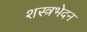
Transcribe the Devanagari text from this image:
शस्त्रभेदन